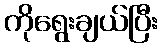
ကိုရွေးချယ်ပြီး